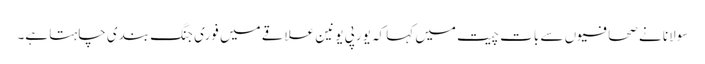
سولانا نے صحافیوں سے بات چیت میں کہا کہ یورپی یونین علاقے میں فوری جنگ بندی چاہتا ہے۔